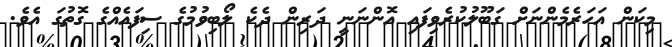
މިކަން އަހަރެމެންނަށް ގަބޫލުކުރެވިފައި އޮންނަނީ ދަރިން ދެކެ ލޯބިވުމުގެ ސިފައެއްގެ ގޮތުގަ އެވެ.